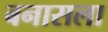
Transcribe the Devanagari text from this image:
बनासला